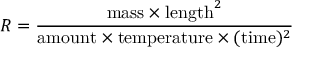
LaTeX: R = { \frac { \mathrm { m a s s } \times \mathrm { l e n g t h } ^ { 2 } } { \mathrm { a m o u n t } \times \mathrm { t e m p e r a t u r e } \times ( \mathrm { t i m e } ) ^ { 2 } } }